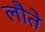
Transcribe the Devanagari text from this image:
लौते